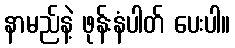
နာမည်နဲ့ ဖုန်းနံပါတ် ပေးပါ။